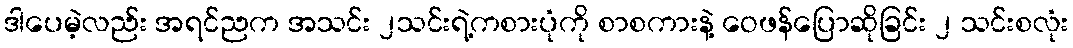
ဒါပေမဲ့လည်း အရင်ညက အသင်း ၂သင်းရဲ့ကစားပုံကို စာစကားနဲ့ ဝေဖန်ပြောဆိုခြင်း ၂ သင်းစလုံး